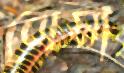
বোমা